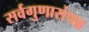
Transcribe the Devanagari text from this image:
सर्वगुणासंपन्न